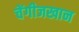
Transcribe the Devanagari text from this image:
चेंगीजखान